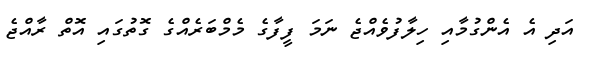
އަދި އެ އެންގުމާއި ހިލާފުވެއްޖެ ނަމަ ފީފާގެ މެމްބަރެއްގެ ގޮތުގައި އޮތް ރާއްޖެ